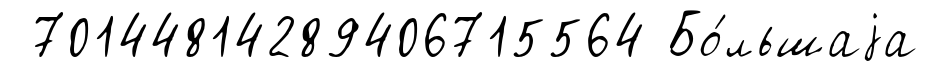
70144814289406715564 Бо́льшаjа